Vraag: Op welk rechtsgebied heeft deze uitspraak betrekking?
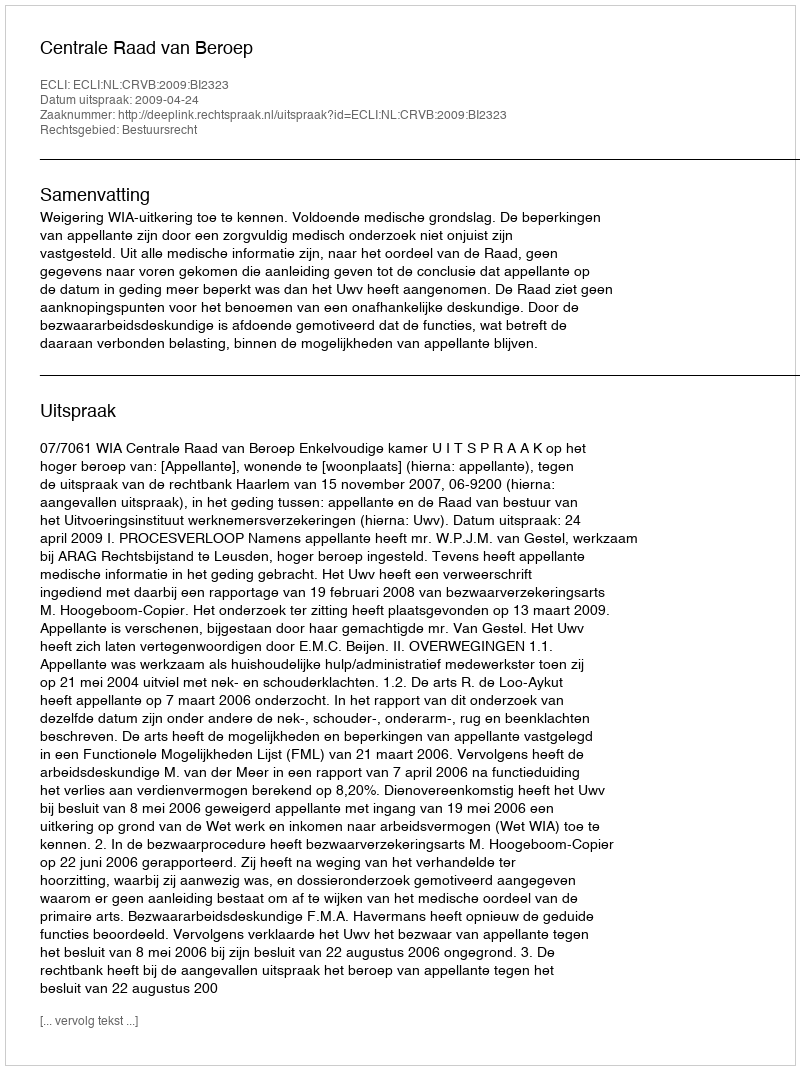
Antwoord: Bestuursrecht